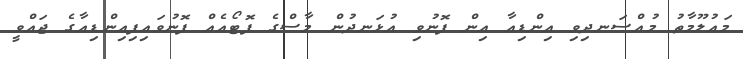
މައުލޫމާތު މުއްސަނދިވި އިންޑިއާ އިން ފޮނުވި އުޅަނދުން މާސްގެ ފޮޓޯއެއް ފޮނުވައިފިއިންޑިއާގެ ޖައްވީ